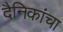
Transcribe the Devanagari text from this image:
दैनिकांचा